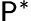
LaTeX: \mathsf{P}^{*}